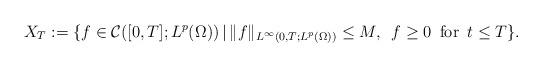
LaTeX: \begin{align*}X_{T}:=\{f\in\mathcal{C}([0,T];L^{p}(\Omega))\,|\, \|f\|_{L^{\infty}(0,T;L^{p}(\Omega))}\le M,\,\,\,f\ge0 \,\mbox{ for }\,t\le T\}.\end{align*}